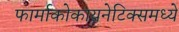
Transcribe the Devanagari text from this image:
फार्माकोकायनेटिक्समध्ये